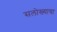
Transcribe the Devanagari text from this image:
सलोख्याचा